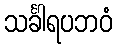
သင်္ခါရပဘဝံ